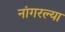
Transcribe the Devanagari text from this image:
नांगरल्या